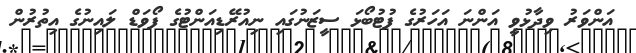
އަންވަރު ވިދާޅުވީ އަންނަ އަހަރުގެ ފުޓުބޯޅަ ސީޒަނުގައި ނިއުރޭޑިއަންޓުގެ ފޯވަޑް ލައިނުގެ އިތުރުން